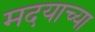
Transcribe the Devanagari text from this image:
मदयाच्या